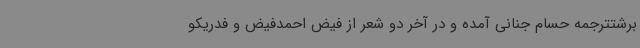
برشتترجمه حسام جنانی آمده و در آخر دو شعر از فیض احمدفیض و فدریکو